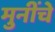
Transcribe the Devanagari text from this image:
मुनींचे